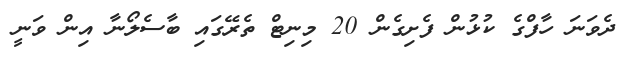
ދެވަނަ ހާފްގެ ކުޅުން ފެށިގެން 20 މިނިޓް ތެރޭގައި ބާސެލޯނާ އިން ވަނީ